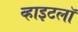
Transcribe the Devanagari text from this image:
व्हाइटलॉ